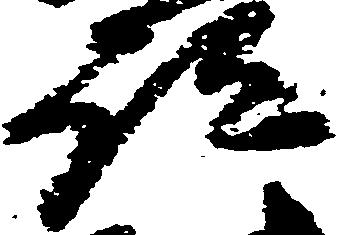
跡